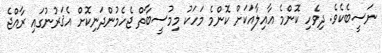
ނަސީބެކެވެ. ދިވެހި ކޮންމެ އާއިލާއަކަށް ކޮންމެ މަހަކު މިމުސީބާތް ޖެހެމުންދަނިކޮށް އެޤަރުނުގައި ރާއްޖެ